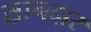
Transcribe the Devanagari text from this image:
स़ानदार